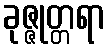
ခုဇ္ဇုတ္တရာ